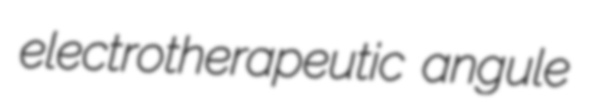
electrotherapeutic angule